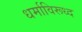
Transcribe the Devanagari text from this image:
धर्माविरूध्द